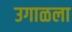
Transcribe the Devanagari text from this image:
उगाळला